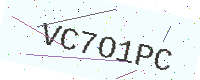
Text: VC7O1PC